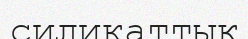
силикаттық